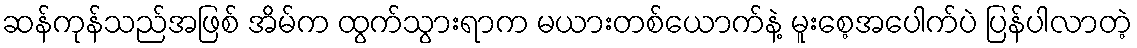
ဆန်ကုန်သည်အဖြစ် အိမ်က ထွက်သွားရာက မယားတစ်ယောက်နဲ့ မူးစေ့အပေါက်ပဲ ပြန်ပါလာတဲ့